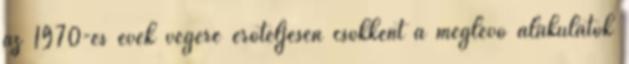
az 1970-es évek végére erőteljesen csökkent a meglévő alakulatok